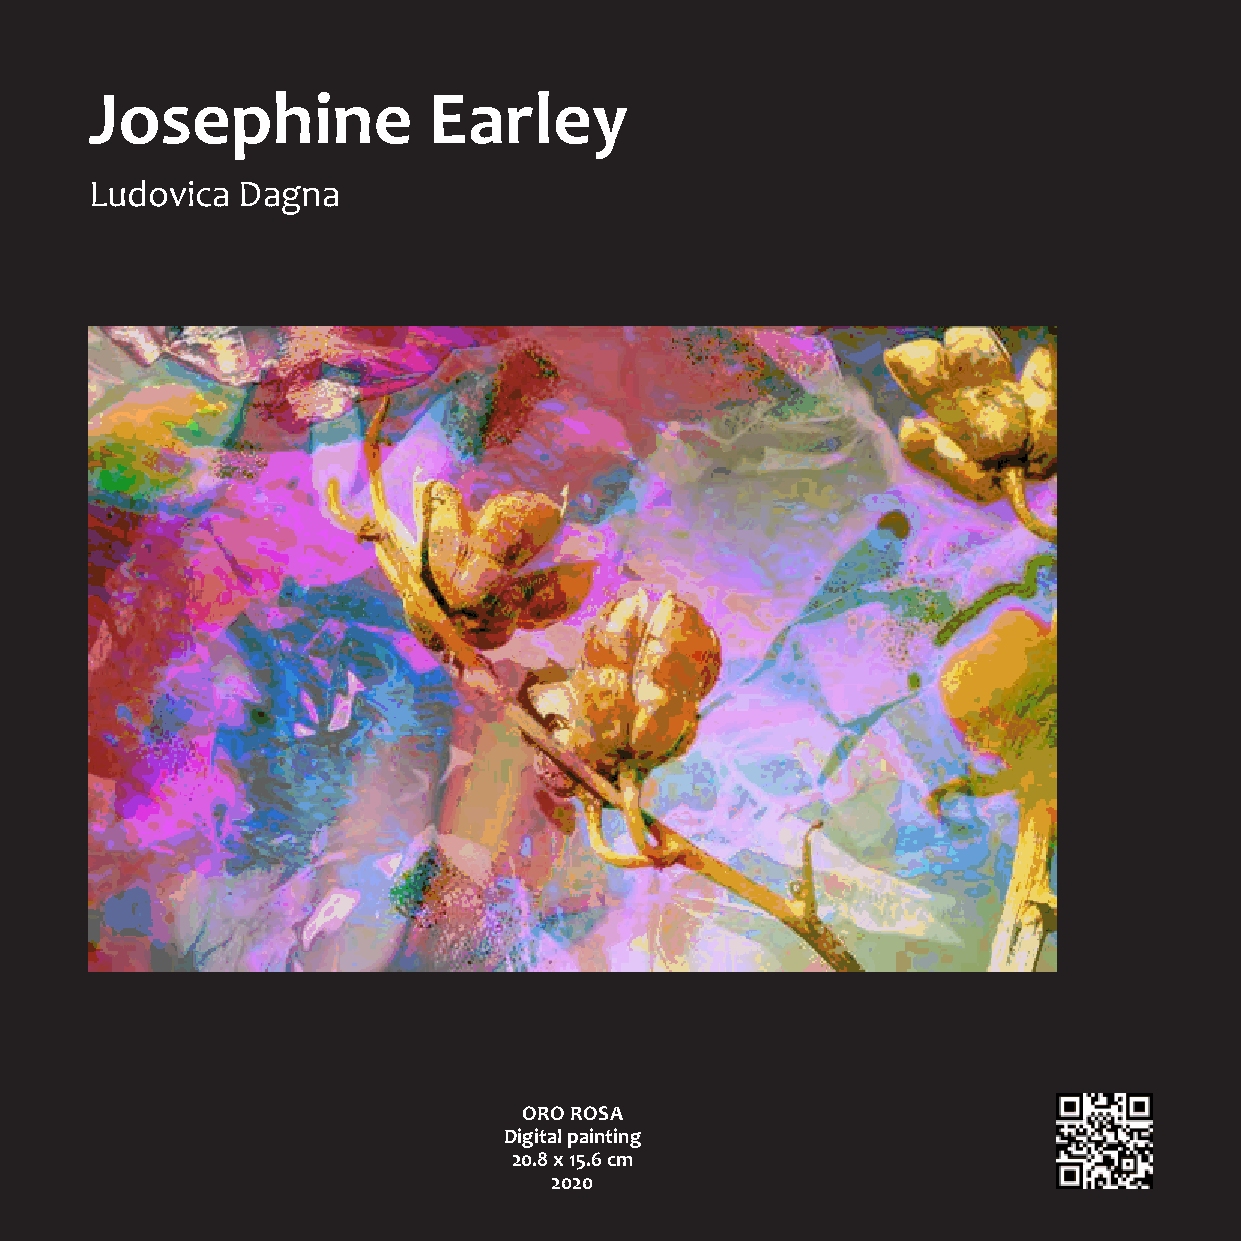
Josephine             Earley
 Ludovica  Dagna
 ORO ROSA
 Digital painting
 20.8 x 15.6 cm
 2020